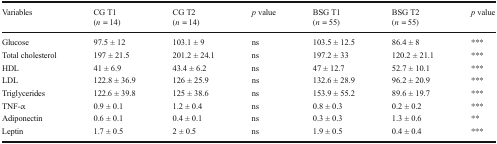
| Variables | CG T1(n = 14) | CG T2(n = 14) | p value | BSG T1(n = 55) | BSG T2(n = 55) | p value |
 | --- | --- | --- | --- | --- | --- | --- |
 | Glucose | 97.5 ± 12 | 103.1 ± 9 | ns | 103.5 ± 12.5 | 86.4 ± 8 | *** |
 | Total cholesterol | 197 ± 21.5 | 201.2 ± 24.1 | ns | 197.2 ± 33 | 120.2 ± 21.1 | *** |
 | HDL | 41 ± 6.9 | 43.4 ± 6.2 | ns | 47 ± 12.7 | 52.7 ± 10.1 | *** |
 | LDL | 122.8 ± 36.9 | 126 ± 25.9 | ns | 132.6 ± 28.9 | 96.2 ± 20.9 | *** |
 | Triglycerides | 122.6 ± 39.8 | 125 ± 38.6 | ns | 153.9 ± 55.2 | 89.6 ± 19.7 | *** |
 | TNF-α | 0.9 ± 0.1 | 1.2 ± 0.4 | ns | 0.8 ± 0.3 | 0.2 ± 0.2 | *** |
 | Adiponectin | 0.6 ± 0.1 | 0.4 ± 0.1 | ns | 0.3 ± 0.3 | 1.3 ± 0.6 | ** |
 | Leptin | 1.7 ± 0.5 | 2 ± 0.5 | ns | 1.9 ± 0.5 | 0.4 ± 0.4 | *** |